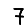
Digit: 7